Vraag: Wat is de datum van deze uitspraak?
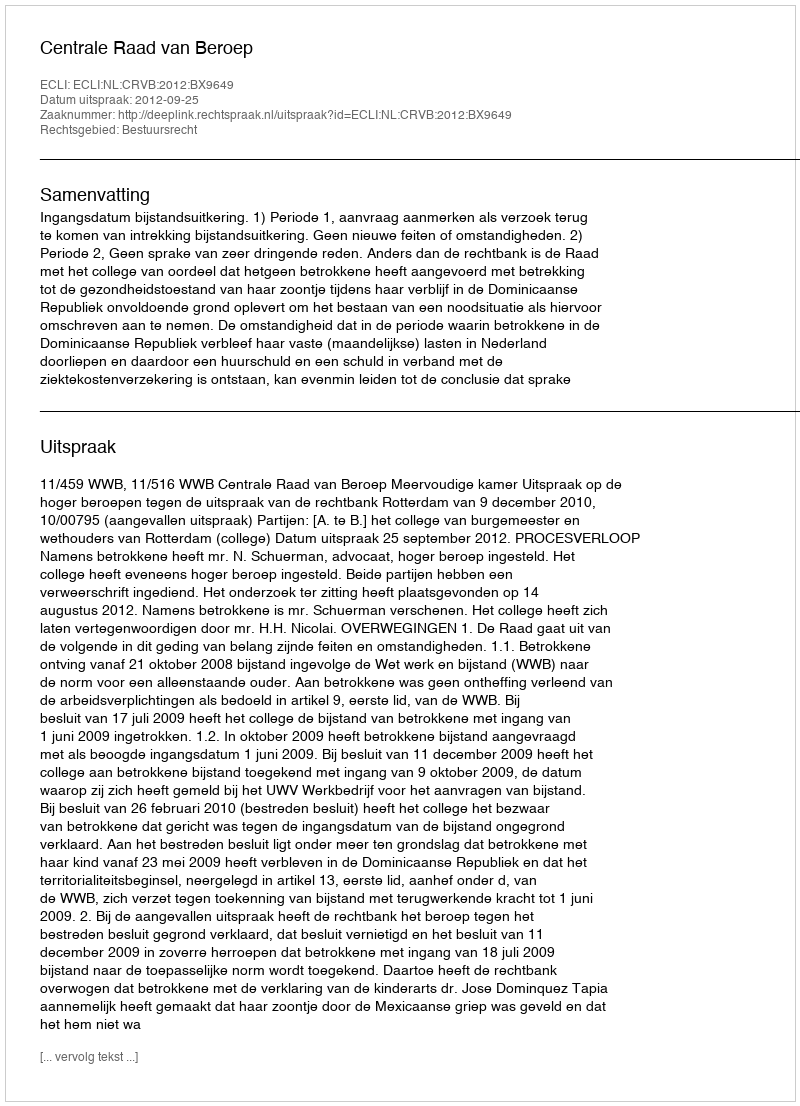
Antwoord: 2012-09-25